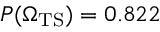
P ( { \Omega _ { \mathrm { T S } } ) } = 0 . 8 2 2